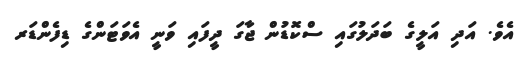
އެވެ. އަދި އަލީގެ ބަދަލުގައި ސްކޮޑުން ޖާގަ ދީފައި ވަނީ އެވަޓަންގެ ޑިފެންޑަރ